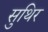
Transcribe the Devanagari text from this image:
सुथिर